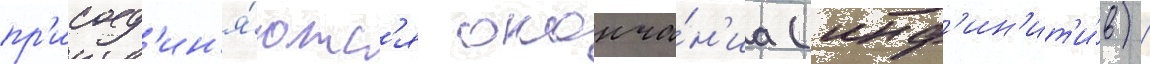
пр'исоед'ин'я́ютс'я оконча́н'иа (инф'ин'ит'и́в) /